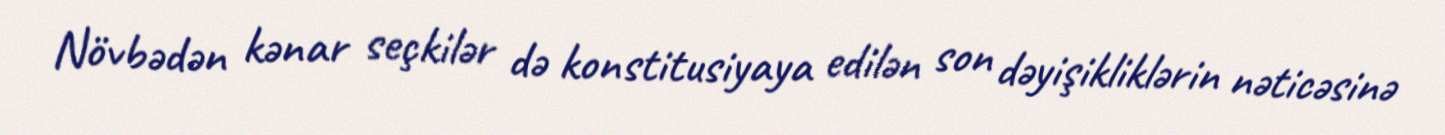
Növbədən kənar seçkilər də konstitusiyaya edilən son dəyişikliklərin nəticəsinə